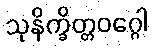
သုနိက္ခိတ္တဝဂ္ဂေါ